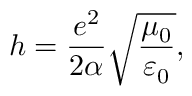
h = \frac { e ^ { 2 } } { 2 \alpha } \sqrt { \frac { \mu _ { 0 } } { \varepsilon _ { 0 } } } ,